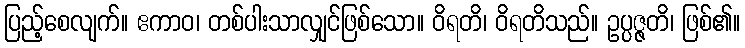
ပြည့်စေလျက်။ ဧကာဝ၊ တစ်ပါးသာလျှင်ဖြစ်သော။ ဝိရတိ၊ ဝိရတိသည်။ ဥပ္ပဇ္ဇတိ၊ ဖြစ်၏။